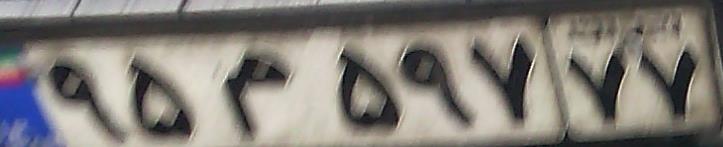
۹۵م۵۹۷۷۷